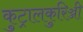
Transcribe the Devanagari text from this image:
कुट्रालकुरिञ्जी